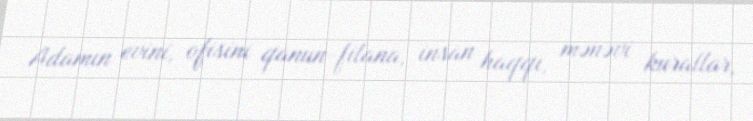
Adamın evini, ofisini qanun-filana, insan haqqı, mənəvi kurallar,